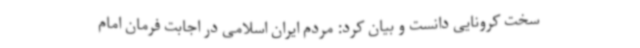
سخت کرونایی دانست و بیان کرد: مردم ایران اسلامی در اجابت فرمان امام